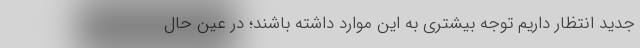
جدید انتظار داریم توجه بیشتری به این موارد داشته باشند؛ در عین حال